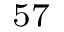
^ { 5 7 }